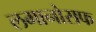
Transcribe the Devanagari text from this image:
लमानोसफ